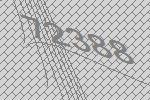
72388